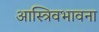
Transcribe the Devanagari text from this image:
आस्त्रिवभावना